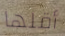
أقلها